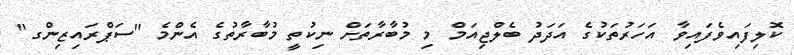
ކޮލިފައިވެފައިވާ އަހަރުތަކުގެ އަދަދު ބެލްޖިއަމް މި މުބާރާތަށް ނިކުތީ މުބާރާތުގެ އެންމެ "ސަޕްރައިޒިންގ"